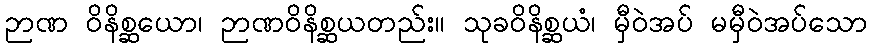
ဉာဏ ဝိနိစ္ဆယော၊ ဉာဏဝိနိစ္ဆယတည်း။ သုခဝိနိစ္ဆယံ၊ မှီဝဲအပ် မမှီဝဲအပ်သော